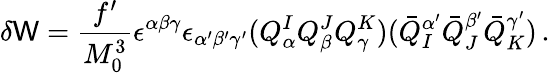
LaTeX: \delta\mathsf{W}=\frac{{f^{\prime}}}{{M_{0}^{3}}}\epsilon^{\alpha\beta\gamma}\epsilon_{\alpha^{\prime}\beta^{\prime}\gamma^{\prime}}(Q_{\alpha}^{I}Q_{\beta}^{J}Q_{\gamma}^{K})(\bar{{Q}}_{I}^{\alpha^{\prime}}\bar{{Q}}_{J}^{\beta^{\prime}}\bar{{Q}}_{K}^{\gamma^{\prime}})\, .